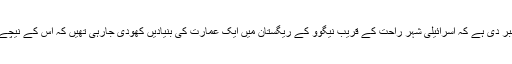
ادارے نے عالمی ذرائع کے حوالےسے خبر دی ہے کہ اسرائیلی شہر راحت کے قریب نیگوَو کے ریگستان میں ایک عمارت کی بنیادیں کھودی جارہی تھیں کہ اس کے نیچے سے قدیم عمارت کے آثار نمودار ہوئے۔